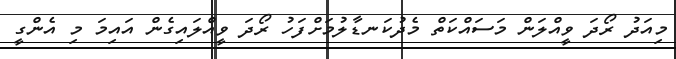
މިއަދު ރޯދަ ވީއްލަން މަސައްކަތް މެދުކަނޑާލުމަށްފަހު ރޯދަ ވީއްލައިގެން އައިމަ މި އެންގީ